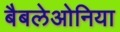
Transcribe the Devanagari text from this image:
बैबलेओनिया